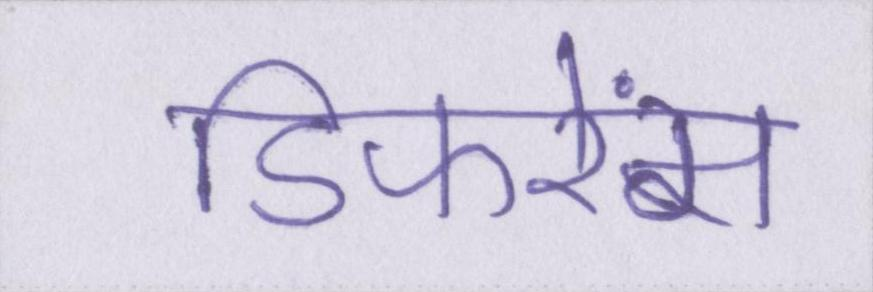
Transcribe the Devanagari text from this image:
डिफरेंस